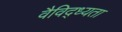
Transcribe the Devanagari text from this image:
वैविद्ध्यता